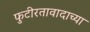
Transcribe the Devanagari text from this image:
फुटीरतावादाच्या